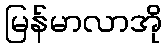
မြန်မာလာအို